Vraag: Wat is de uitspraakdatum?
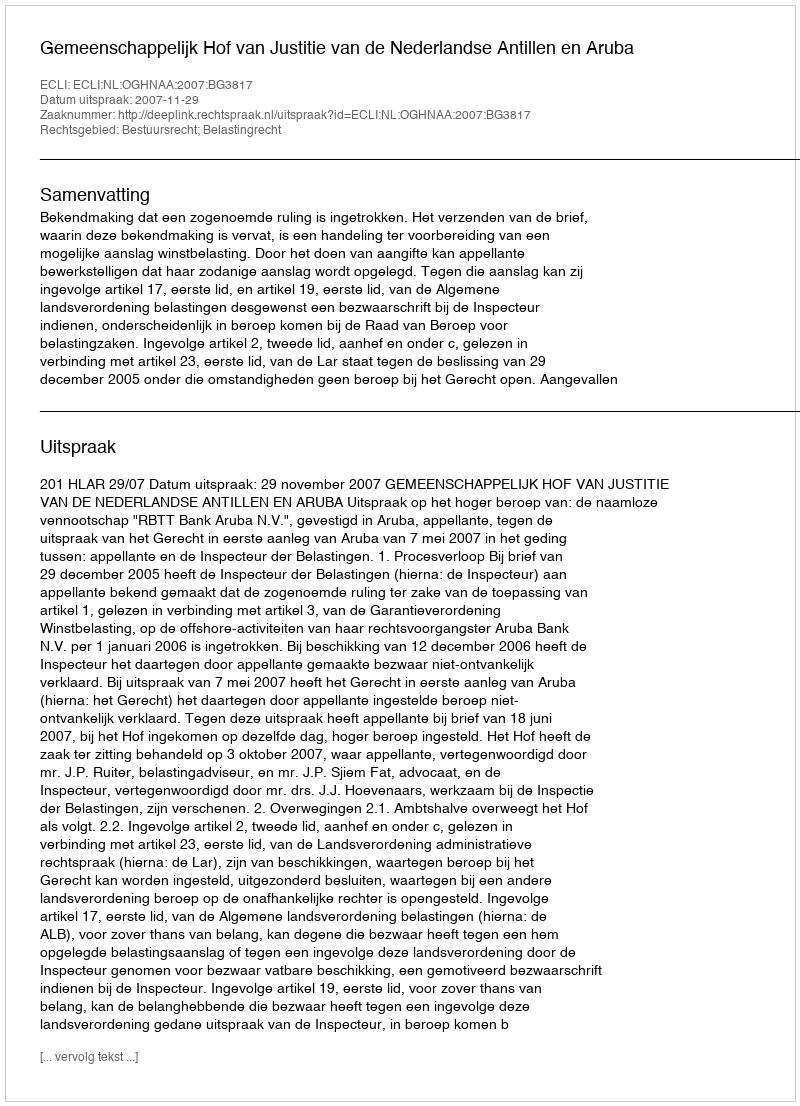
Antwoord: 2007-11-29